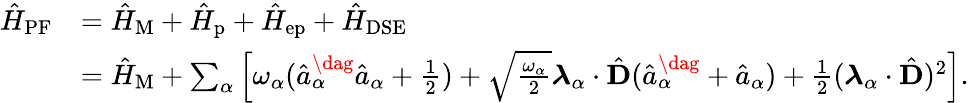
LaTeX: \begin{array}{rl}{\hat{H}_{\mathrm{PF}}}&{=\hat{H}_{\mathrm{M}}+\hat{H}_{\mathrm{p}}+\hat{H}_{\mathrm{ep}}+\hat{H}_{\mathrm{DSE}}}\\ &{=\hat{H}_{\mathrm{M}}+\sum_{\alpha}\Big[\omega_{\alpha}(\hat{a}_{\alpha}^{\dag}\hat{a}_{\alpha}+\frac{1}{2})+\sqrt{\frac{\omega_{\alpha}}{2}}\boldsymbol{\lambda}_{\alpha}\cdot\hat{\mathbf{D}}(\hat{a}_{\alpha}^{\dag}+\hat{a}_{\alpha})+\frac{1}{2}(\boldsymbol{\lambda}_{\alpha}\cdot\hat{\mathbf{D}})^{2}\Big].}\end{array}